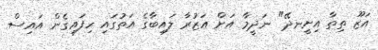
އަޒޫ ތިތާ އިށީނދޭ" ނަދީމާ އަށް އަޒުރާ ލައިބާގެ އަތުގައި ހިފައިގެން އައިސް